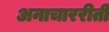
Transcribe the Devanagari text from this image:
अनाचाररीती